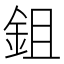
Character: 鉏